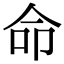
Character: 命